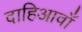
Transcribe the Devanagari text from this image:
दाहिआवाँ